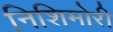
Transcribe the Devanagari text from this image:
निशिमोरी